Medical and sanitary report of the native army of Bengal for the year
Year: 1875
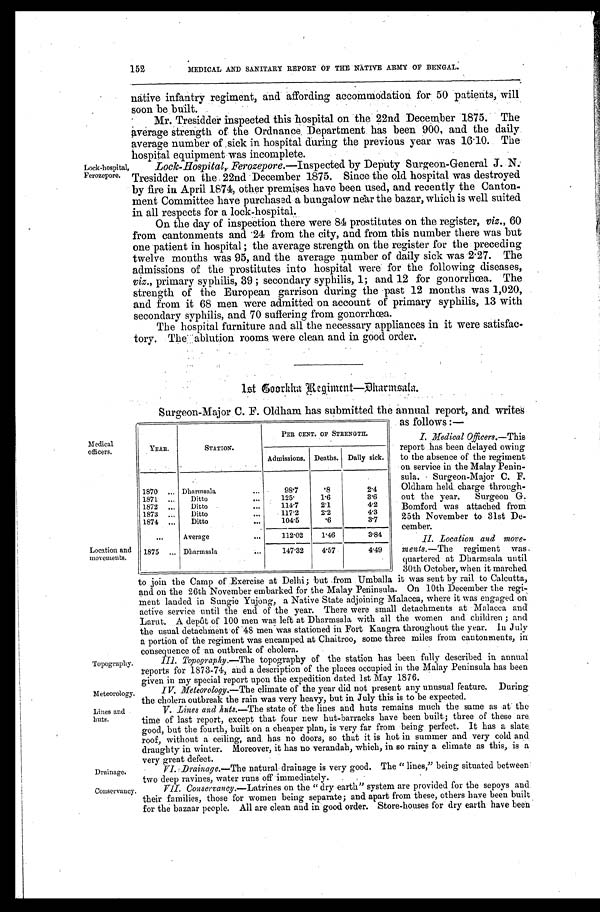
Drainage.
Conservancy.
152
MEDICAL AND SANITARY REPORT OF THE NATIVE ARMY OF BENGAL.
Lock-hospital,
Ferozepore.
native infantry regiment, and affording accommodation for 50 patients, will
soon be built.
Mr. Tresidder inspected this hospital on the 22nd December 1875. The
average strength of the Ordnance Department has been 900, and the daily
average number of sick in hospital during the previous year was 16.10. The
hospital equipment was incomplete.
Lock-Hospital, Ferozepore .—Inspected by Deputy Surgeon-General J. N.
Tresidder on the 22nd December 1875. Since the old hospital was destroyed
by fire in April 1874, other premises have been used, and recently the Canton
-ment Committee have purchased a bungalow near the bazar, which is well suited
in all respects for a lock-hospital.
On the day of inspection there were 84 prostitutes on the register, viz., 60
from cantonments and 24 from the city, and from this number there was but
one patient in hospital; the average strength on the register for the preceding
twelve months was 95, and the average number of daily sick was 2.27. The
admissions of the prostitutes into hospital were for the following diseases,
viz., primary syphilis, 39; secondary syphilis, 1; and 12 for gonorrhœa. The
strength of the European garrison during the past 12 months was 1,020,
and from it 68 men were admitted on account of primary syphilis, 13 with
secondary syphilis, and 70 suffering from gonorrhœa.
The hospital furniture and all the necessary appliances in it were satisfac
-tory. The ablution rooms were clean and in good order.
lst Eoorkha Regiment—
Dharmsala.
Medical
officers.
Location and
movements.
Topography.
Meteorology.
Lines and
huts.
Surgeon-Major C. F. Oldham has submitted the annual report, and writes
as follows:—
Medical Offcers.— This
report has been delayed owing
to the absence of the regiment
on service in the Malay Penin
- s u l a . S u r g e o n - M a j o r C . F .
Oldham held charge through
-out the year. Surgeon G.
Bomford was attached from
25th November to 31st De-
cember.
II. Location and move
-ments.— The regiment was
quartered at Dharmsala unti
l 3 0 t h O c t o b e r , w h e n i t m a r c h e d
to join the Camp of Exercise at Delhi; but from Umballa it was sent by rail to Calcutta,
and on the 26th November embarked for the Malay Peninsula. On 10th December the regi
-ment landed in Sungie Yujong, a Native State adjoining Malacca, where it was engaged on
active service until the end of the year. There were small detachments at Malacca and
Larut. A depôt of 100 men was left at Dharmsala with all the women and children; and
the usual detachment of 48 men was stationed in Fort Kangra throughout the year. In July
a portion of the regiment was encamped at Chaitroo, some three miles from cantonments, in
consequence of an outbreak of cholera.
III. Topography .—The topography of the station has been fully described in annual
reports for 1873-74, and a description of the places occupied in the Malay Peninsula has been
given in my special report upon the expedition dated 1st May 1876.
IV. Meteorology.—The climate of the year did not present any unusual feature. During
the cholera outbreak the rain was very heavy, but in July this is to be expected.
V. Lines and huts .—The state of the lines and huts remains much the same as at the
time of last report, except that four new hut-barracks have been built; three of these are
good, but the fourth, built on a cheaper plan, is very far from being perfect. It has a slate
roof, without a ceiling, and has no doors, so that it is hot in summer and very cold and
draughty in winter. Moreover, it has no verandah, which, in so rainy a climate as this, is a
very great defect.
VI. Drainage .—The natural drainage is very good. The "lines," being situated between
two deep ravines, water runs off immediately.
VII. Conservancy .—Latrines on the "dry earth" system are provided for the sepoys and
their families, those for women being separate; and apart from these, others have been built
for the bazaar people. All are clean and in good order. Store-houses for dry earth have been
YEAR.
STATION.
PER CENT. OF STRENGTH.
Admissions. Deaths. Daily sick.
1870 . . . D h a r m s a l a . . .
98.7
.8
2.4
1871 . . .
Ditto . . .
125.
1.6
3.6
1872 . . .
Ditto . . .
114.7
2.1
4.2
1873 . . .
Ditto . . .
117.2
2.2
4.3
1874 . . .
Ditto . . .
104.5
.6
3.7
. . .
Average . . .
112.02
1.46
3.84
1875 . . . Dharmsala . . .
147.32
4.57
4.49